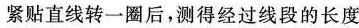
紧贴直线转一圈后，测得经过线段的长度